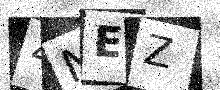
Text: 4NEZ